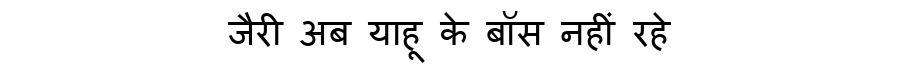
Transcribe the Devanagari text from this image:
जैरी अब याहू के बॉस नहीं रहे